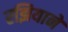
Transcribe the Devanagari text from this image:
रझियाने